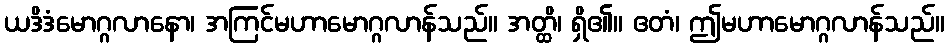
ယဒိဒံမောဂ္ဂလာနော၊ အကြင်မဟာမောဂ္ဂလာန်သည်။ အတ္ထိ၊ ရှိ၏။ ဧတံ၊ ဤမဟာမောဂ္ဂလာန်သည်။